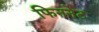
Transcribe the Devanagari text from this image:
फिननेट